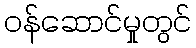
ဝန်ဆောင်မှုတွင်